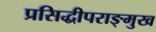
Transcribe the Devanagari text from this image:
प्रसिद्धीपराङ्‌मुख